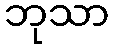
ဘုသာ